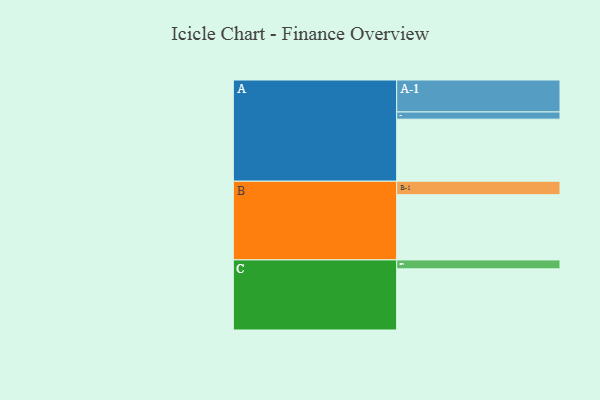
{"axis": {"x": "Segment", "y": "Value"}, "legend": ["", "A", "B", "C"], "data": [{"x": "A", "y": 534, "type": ""}, {"x": "B", "y": 561, "type": ""}, {"x": "C", "y": 526, "type": ""}, {"x": "A-1", "y": 275, "type": "A"}, {"x": "A-2", "y": 62, "type": "A"}, {"x": "B-1", "y": 116, "type": "B"}, {"x": "C-1", "y": 77, "type": "C"}]}